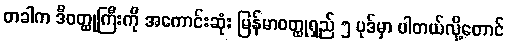
တခါက ဒီဝတ္ထုကြီးကို အကောင်းဆုံး မြန်မာဝတ္ထုရှည် ၅ ပုဒ်မှာ ပါတယ်လို့တောင်